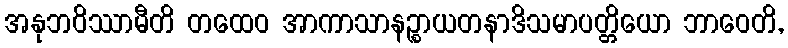
အနုဘဝိဿာမီတိ တထေဝ အာကာသာနဉ္စာယတနာဒိသမာပတ္တိယော ဘာဝေတိ,